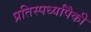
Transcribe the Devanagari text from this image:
प्रतिस्पर्ध्यांपैकी